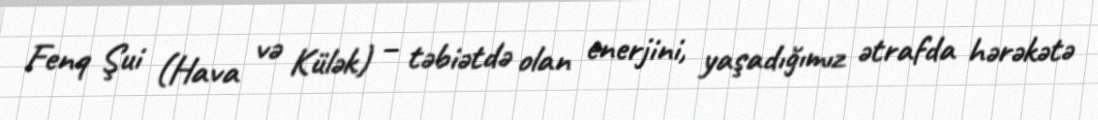
Fenq Şui (Hava və Külək) – təbiətdə olan enerjini, yaşadığımız ətrafda hərəkətə